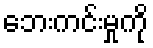
ဘေးကင်းမှုကို